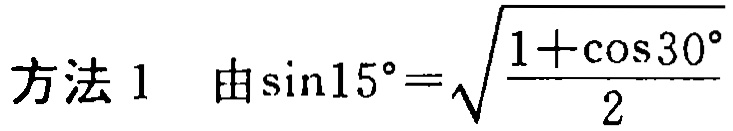
方法 1  由\(\sin15^{\circ}=\sqrt{\frac{1 + \cos30^{\circ}}{2}}\)